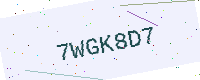
Text: 7WGK8D7